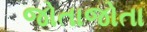
જોતાજોતા